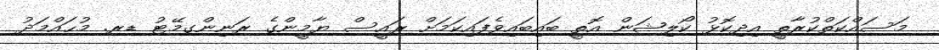
މަސައްކަތްކުރާތީ އިދިކޮޅު ކޯލިޝަން އޮތީ ބައިބައިވެފައިކަމަށް ރައީސް ޔާމީންގެ ރަނިންގމޭޓު ޑރ. މުޙައްމަދު